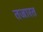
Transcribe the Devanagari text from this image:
तजारत